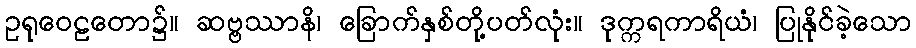
ဥရုဝေဠတော၌။ ဆဗ္ဗဿာနိ၊ ခြောက်နှစ်တို့ပတ်လုံး။ ဒုက္ကရကာရိယံ၊ ပြုနိုင်ခဲ့သော